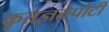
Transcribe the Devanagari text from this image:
कृतज्ञतेपोटी